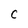
Character: c